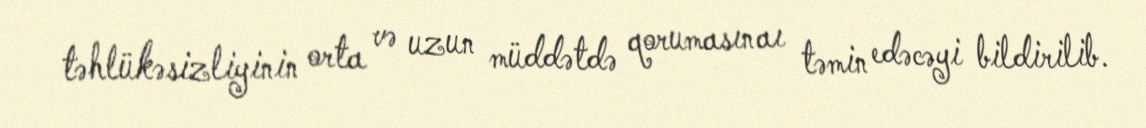
təhlükəsizliyinin orta və uzun müddətdə qorumasınaı təmin edəcəyi bildirilib.